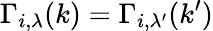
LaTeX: \Gamma_{i,\lambda}(k)=\Gamma_{i,\lambda^{\prime}}(k^{\prime})